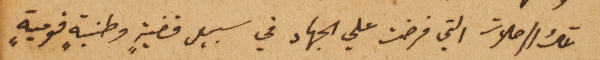
تلك الرحلات التي فرضت علي الجهاد في سبيل قضيةٍ وطنيةٍ قوميةٍ